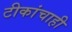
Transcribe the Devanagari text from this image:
टीकांचाही